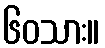
၆၀သား။